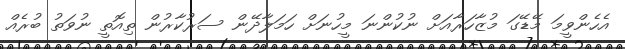
އެހެންވީމަ މޭޑޭގަ މުޒާހަރާއަށް ނުކުންނަ މީހުނަށް ހަމަލާދޭން ސަރުކާރުން ތިއޮތީ ނުވަތު ބުރެއް